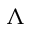
\Lambda